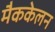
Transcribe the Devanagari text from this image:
मैककेलन